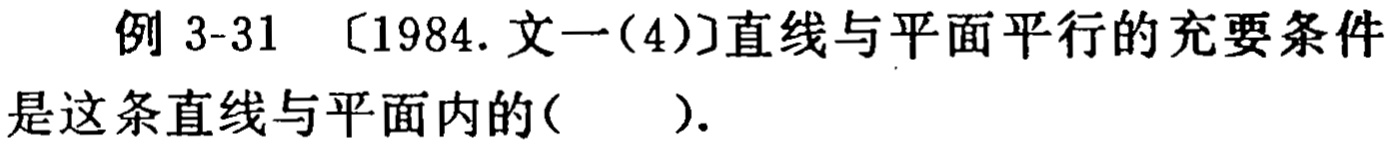
例 3-31 〔1984. 文一(4)〕直线与平面平行的充要条件是这条直线与平面内的(  ).